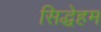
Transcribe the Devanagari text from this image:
सिद्धेहम